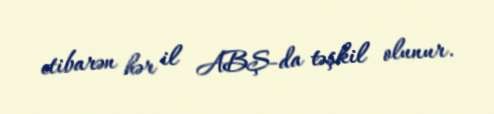
etibarən hər il ABŞ-da təşkil olunur.